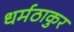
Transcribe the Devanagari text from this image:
धर्मठाकुर